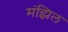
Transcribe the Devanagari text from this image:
मंझिल